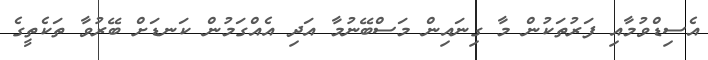
އެސިޑްވުމާއި ފަރުތަކުން މާ ގިނައިން މަސްބޭނުމާ އަދި އެއްގަމުން ކަނޑަށް ބޭރުވާ ތަކެތީގެ